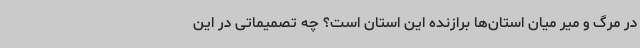
در مرگ و میر میان استان‌ها برازنده این استان است؟ چه تصمیماتی در این